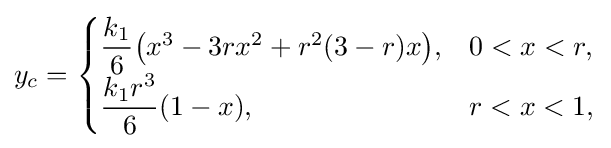
y_{c}={\begin{cases}{\dfrac {k_{1}}{6}}{\big (}x^{3}-3rx^{2}+r^{2}(3-r)x{\big )},&0<x<r,\\{\dfrac {k_{1}r^{3}}{6}}(1-x),&r<x<1,\end{cases}}